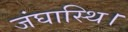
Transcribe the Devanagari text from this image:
जंघास्थि।